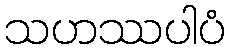
သဟဿပါပံ